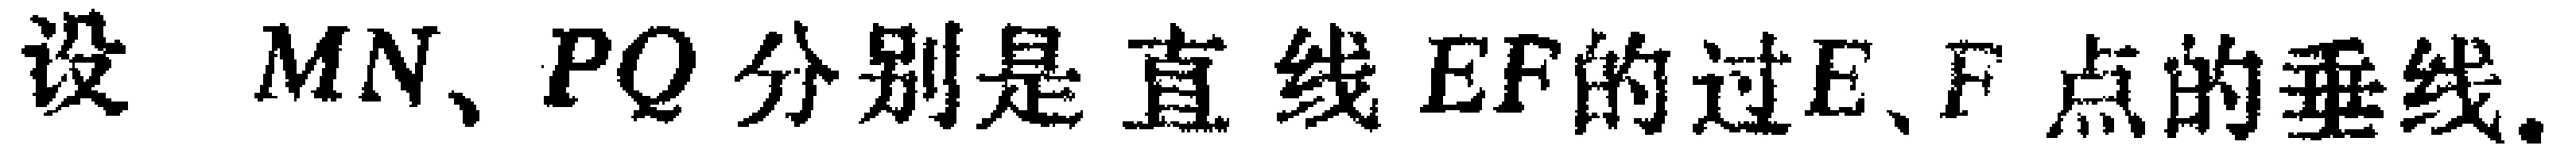
设 \(MN、PQ\) 分别是直线 \(EF\) 的过 \(E、F\) 点的垂线.